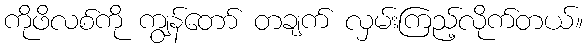
ကိုဖိလစ်ကို ကျွန်တော် တချက် လှမ်းကြည့်လိုက်တယ်။